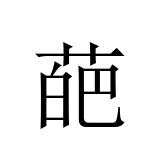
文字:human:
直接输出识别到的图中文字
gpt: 葩